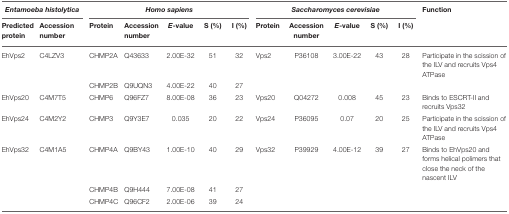
| <COLSPAN=2> Entamoeba histolytica | <COLSPAN=5> Homo sapiens | <COLSPAN=5> Saccharomyces cerevisiae | Function |
 | Predicted protein | Accession number | Protein | Accession number | E-value | S (%) | I (%) | Protein | Accession number | E-value | S (%) | I (%) |  |
 | --- | --- | --- | --- | --- | --- | --- | --- | --- | --- | --- | --- | --- |
 | EhVps2 | C4LZV3 | CHMP2A | Q43633 | 2.00E-32 | 51 | 32 | Vps2 | P36108 | 3.00E-22 | 43 | 28 | Participate in the scission of the ILV and recruits Vps4 ATPase |
 |  |  | CHMP2B | Q9UQN3 | 4.00E-22 | 40 | 27 |  |  |  |  |  |  |
 | EhVps20 | C4M7T5 | CHMP6 | Q96FZ7 | 8.00E-08 | 36 | 23 | Vps20 | Q04272 | 0.008 | 45 | 23 | Binds to ESCRT-II and recruits Vps32 |
 | EhVps24 | C4M2Y2 | CHMP3 | Q9Y3E7 | 0.035 | 20 | 22 | Vps24 | P36095 | 0.07 | 20 | 25 | Participate in the scission of the ILV and recruits Vps4 ATPase |
 | EhVps32 | C4M1A5 | CHMP4A | Q9BY43 | 1.00E-10 | 40 | 29 | Vps32 | P39929 | 4.00E-12 | 39 | 27 | Binds to EhVps20 and forms helical polimers that close the neck of the nascent ILV |
 |  |  | CHMP4B | Q9H444 | 7.00E-08 | 41 | 27 |  |  |  |  |  |  |
 |  |  | CHMP4C | Q96CF2 | 2.00E-06 | 39 | 24 |  |  |  |  |  |  |